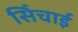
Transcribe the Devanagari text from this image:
सिँचाई